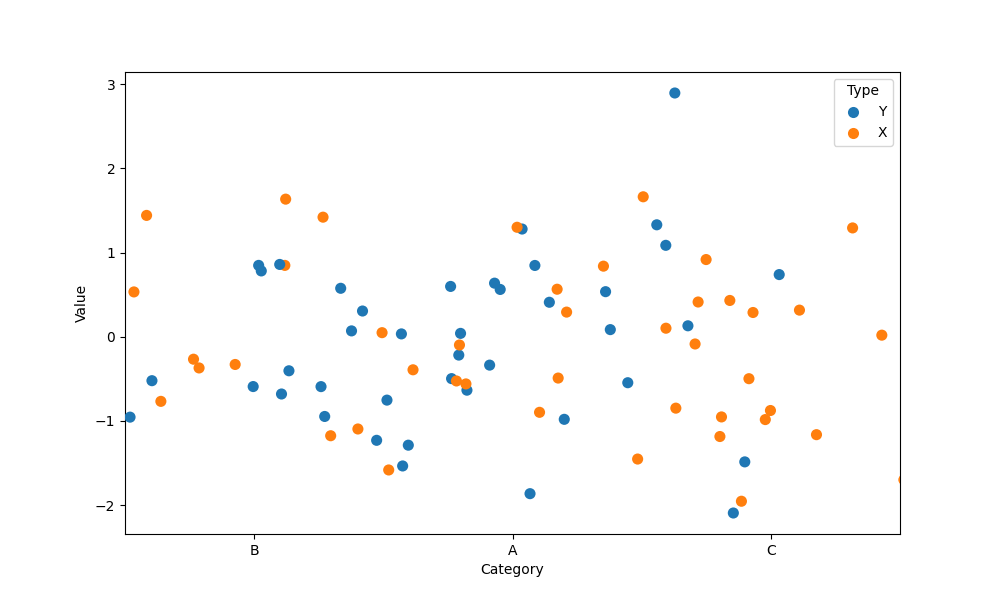
python, seaborn, stripplot, jitter=True, dodge=False, alpha=1.0, size=8